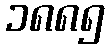
၁၈၈၅